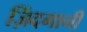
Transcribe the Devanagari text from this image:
ज़िंदगानी